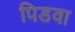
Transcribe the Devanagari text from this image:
पिडवा